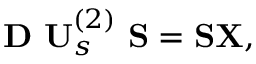
\mathbf { D } \ \mathbf { U } _ { s } ^ { ( 2 ) } \ \mathbf { S } = \mathbf { S } \mathbf { X } ,